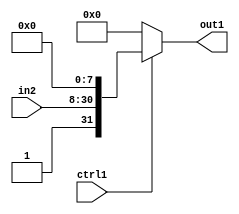
`timescale 1ps / 1ps
/*****************************************************************************
    Verilog RTL Description
    
    
    Created by: CellMath Designer 2019.1.01 
*******************************************************************************/

module float2fix_MuxCati0Catu23i1i0u1_4 (
	in2,
	ctrl1,
	out1
	); /* architecture "behavioural" */ 
input [22:0] in2;
input  ctrl1;
output [31:0] out1;
wire [31:0] asc001,
	asc003;

assign asc003 = {1'B1,in2,8'B00000000};

reg [31:0] asc001_tmp_0;
assign asc001 = asc001_tmp_0;
always @ (ctrl1 or asc003) begin
	case (ctrl1)
		1'B1 : asc001_tmp_0 = asc003 ;
		default : asc001_tmp_0 = 32'B00000000000000000000000000000000 ;
	endcase
end

assign out1 = asc001;
endmodule

/* CADENCE  v7X0Qgw= : u9/ySgnWtBlWxVPRXgAZ4Og= ** DO NOT EDIT THIS LINE ******/